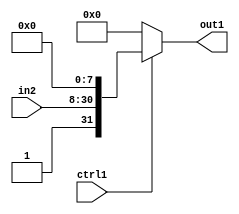
`timescale 1ps / 1ps
/*****************************************************************************
    Verilog RTL Description
    
    
    Created by: CellMath Designer 2019.1.01 
*******************************************************************************/

module float2fix_MuxCati0Catu23i1i0u1_4 (
	in2,
	ctrl1,
	out1
	); /* architecture "behavioural" */ 
input [22:0] in2;
input  ctrl1;
output [31:0] out1;
wire [31:0] asc001,
	asc003;

assign asc003 = {1'B1,in2,8'B00000000};

reg [31:0] asc001_tmp_0;
assign asc001 = asc001_tmp_0;
always @ (ctrl1 or asc003) begin
	case (ctrl1)
		1'B1 : asc001_tmp_0 = asc003 ;
		default : asc001_tmp_0 = 32'B00000000000000000000000000000000 ;
	endcase
end

assign out1 = asc001;
endmodule

/* CADENCE  v7X0Qgw= : u9/ySgnWtBlWxVPRXgAZ4Og= ** DO NOT EDIT THIS LINE ******/